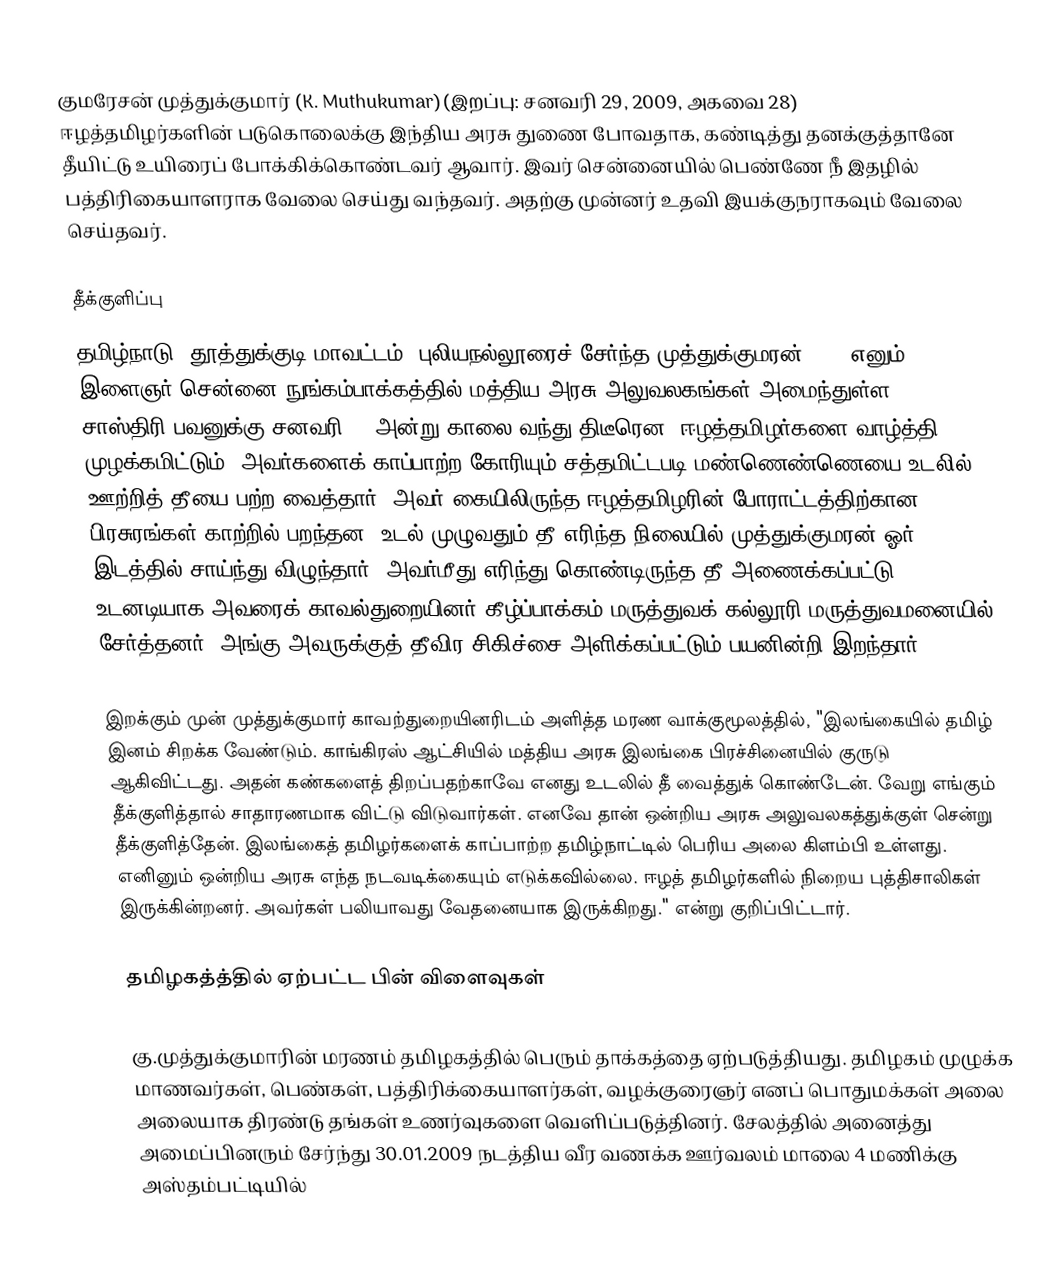
குமரேசன் முத்துக்குமார் (K. Muthukumar)(இறப்பு: சனவரி 29, 2009, அகவை 28) ஈழத்தமிழர்களின் படுகொலைக்கு இந்திய அரசு துணை போவதாக, கண்டித்து தனக்குத்தானே தீயிட்டு உயிரைப் போக்கிக்கொண்டவர் ஆவார். இவர் சென்னையில் பெண்ணே நீ இதழில் பத்திரிகையாளராக வேலை செய்து வந்தவர். அதற்கு முன்னர் உதவி இயக்குநராகவும் வேலை செய்தவர்.

தீக்குளிப்பு
தமிழ்நாடு, தூத்துக்குடி மாவட்டம், புலியநல்லூரைச் சேர்ந்த முத்துக்குமரன் (28) எனும் இளைஞர் சென்னை நுங்கம்பாக்கத்தில் மத்திய அரசு அலுவலகங்கள் அமைந்துள்ள சாஸ்திரி பவனுக்கு சனவரி 29 அன்று காலை வந்து திடீரென, ஈழத்தமிழர்களை வாழ்த்தி முழக்கமிட்டும், அவர்களைக் காப்பாற்ற கோரியும் சத்தமிட்டபடி மண்ணெண்ணெயை உடலில் ஊற்றித் தீயை பற்ற வைத்தார். அவர் கையிலிருந்த ஈழத்தமிழரின் போராட்டத்திற்கான பிரசுரங்கள் காற்றில் பறந்தன. உடல் முழுவதும் தீ எரிந்த நிலையில் முத்துக்குமரன் ஓர் இடத்தில் சாய்ந்து விழுந்தார். அவர்மீது எரிந்து கொண்டிருந்த தீ அணைக்கப்பட்டு உடனடியாக அவரைக் காவல்துறையினர் கீழ்ப்பாக்கம் மருத்துவக் கல்லூரி மருத்துவமனையில் சேர்த்தனர். அங்கு அவருக்குத் தீவிர சிகிச்சை அளிக்கப்பட்டும் பயனின்றி இறந்தார்.

இறக்கும் முன் முத்துக்குமார் காவற்துறையினரிடம் அளித்த மரண வாக்குமூலத்தில், "இலங்கையில் தமிழ் இனம் சிறக்க வேண்டும். காங்கிரஸ் ஆட்சியில் மத்திய அரசு இலங்கை பிரச்சினையில் குருடு ஆகிவிட்டது. அதன் கண்களைத் திறப்பதற்காவே எனது உடலில் தீ வைத்துக் கொண்டேன். வேறு எங்கும் தீக்குளித்தால் சாதாரணமாக விட்டு விடுவார்கள். எனவே தான் ஒன்றிய அரசு அலுவலகத்துக்குள் சென்று தீக்குளித்தேன். இலங்கைத் தமிழர்களைக் காப்பாற்ற தமிழ்நாட்டில் பெரிய அலை கிளம்பி உள்ளது. எனினும் ஒன்றிய அரசு எந்த நடவடிக்கையும் எடுக்கவில்லை. ஈழத் தமிழர்களில் நிறைய புத்திசாலிகள் இருக்கின்றனர். அவர்கள் பலியாவது வேதனையாக இருக்கிறது." என்று குறிப்பிட்டார்.

தமிழகத்த்தில் ஏற்பட்ட பின் விளைவுகள்

கு.முத்துக்குமாரின் மரணம் தமிழகத்தில் பெரும் தாக்கத்தை ஏற்படுத்தியது. தமிழகம் முழுக்க மாணவர்கள், பெண்கள், பத்திரிக்கையாளர்கள், வழக்குரைஞர் எனப் பொதுமக்கள் அலை அலையாக திரண்டு தங்கள் உணர்வுகளை வெளிப்படுத்தினர். சேலத்தில் அனைத்து அமைப்பினரும் சேர்ந்து 30.01.2009 நடத்திய வீர வணக்க ஊர்வலம் மாலை 4 மணிக்கு அஸ்தம்பட்டியில்